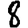
Digit: 8